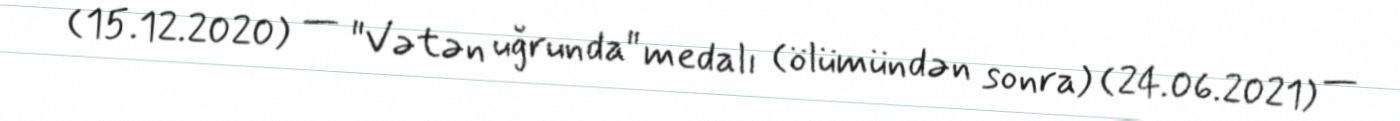
(15.12.2020) — "Vətən uğrunda" medalı (ölümündən sonra) (24.06.2021) —